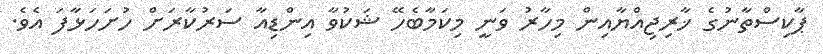
ޕާކިސްތާނުގެ ޚާރިޖިއްޔާއިން މިހާރު ވަނީ މިކަމާބެހޭ ޝަކުވާ އިންޑިއާ ސަރުކާރަށް ހުށަހަޅާފަ އެވެ.